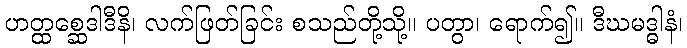
ဟတ္ထစ္ဆေဒါဒီနိ၊ လက်ဖြတ်ခြင်း စသည်တို့သို့။ ပတွာ၊ ရောက်၍။ ဒီဃမဒ္ဓါနံ၊